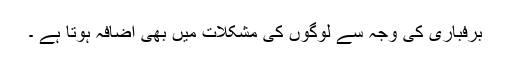
برفباری کی وجہ سے لوگوں کی مشکلات میں بھی اضافہ ہوتا ہے ۔